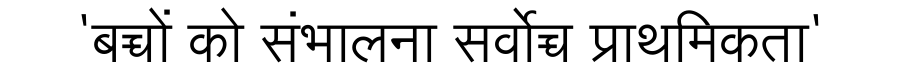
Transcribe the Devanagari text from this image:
'बच्चों को संभालना सर्वोच्च प्राथमिकता'